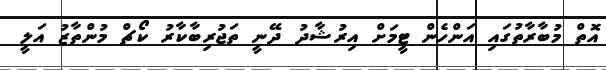
އޮތް މުބާރާތުގައި އަންހެން ޓީމަށް އިރުޝާދު ދޭނީ ތަޖުރިބާކާރު ކޯޗް މުންތާޒު އަލީ